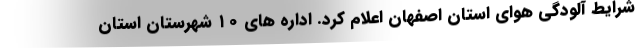
شرایط آلودگی هوای استان اصفهان اعلام کرد. اداره های ۱۰ شهرستان استان